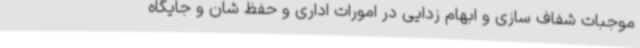
موجبات شفاف سازی و ابهام زدایی در امورات اداری و حفظ شان و جایگاه